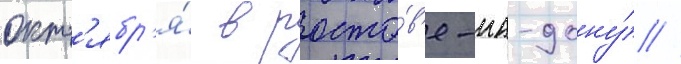
окт'ябр'я́ в росто́в'е-на-дону́ //